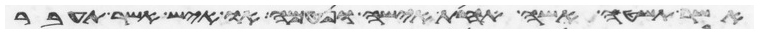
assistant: אשר תשטה אשה תחת אישה ונטמאה או איש אשר תעבר